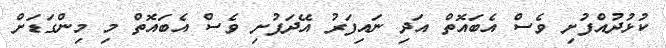
ކުޅުދުއްފުށި ވެސް އެބައޮތް އަދި ނައިފަރު އޭދަފުށި ވެސް އެބައޮތް މި މިންގަޑަށް